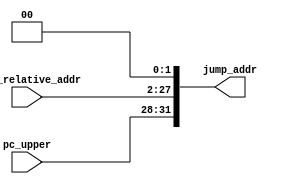
// 2016 Ryan Leonard
// jump_addr Module
//

module jump_addr (
  jump_relative_addr,
  pc_upper,
  jump_addr
);

input wire [25:0] jump_relative_addr;
input wire [3:0]  pc_upper;
output reg [31:0] jump_addr;

always @(*)
begin
  jump_addr[27:0]  <= jump_relative_addr << 2;
  jump_addr[31:28] <= pc_upper;
end

endmodule